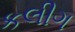
કલીગ